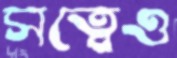
সত্বেও